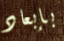
بإبعاد